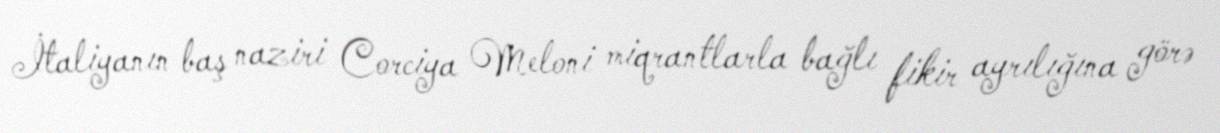
İtaliyanın baş naziri Corciya Meloni miqrantlarla bağlı fikir ayrılığına görə